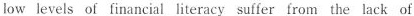
low levels of financial literacy suffer from the lack of